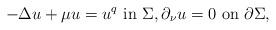
LaTeX: \begin{align*}-\Delta u+\mu u=u^q\ \hbox{in}\ \Sigma,\partial_\nu u=0\ \hbox{on}\ \partial\Sigma,\end{align*}